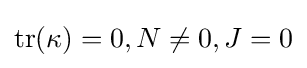
\operatorname {tr} (\kappa )=0,N\neq 0,J=0